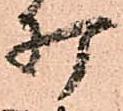
打